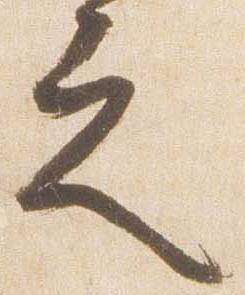
之